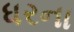
ધરના